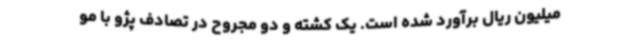
میلیون ریال برآورد شده است. یک کشته و دو مجروح در تصادف پژو با مو